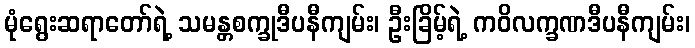
မုံရွေးဆရာတော်ရဲ့ သမန္တစက္ခုဒီပနီကျမ်း၊ ဦးခြိမ့်ရဲ့ ကဝိလက္ခဏဒီပနီကျမ်း၊